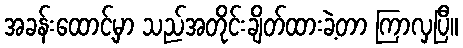
အခန်းထောင့်မှာ သည်အတိုင်းချိတ်ထားခဲ့တာ ကြာလှပြီ။